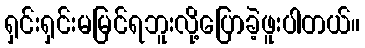
ရှင်းရှင်းမမြင်ရဘူးလို့ပြောခဲ့ဖူးပါတယ်။